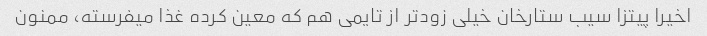
اخیرا پیتزا سیب ستارخان خیلی زودتر از تایمی هم که معین کرده غذا میفرسته، ممنون